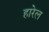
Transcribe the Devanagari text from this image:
हारेल